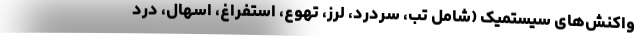
واکنش‌های سیستمیک (شامل تب، سردرد، لرز، تهوع، استفراغ، اسهال، درد